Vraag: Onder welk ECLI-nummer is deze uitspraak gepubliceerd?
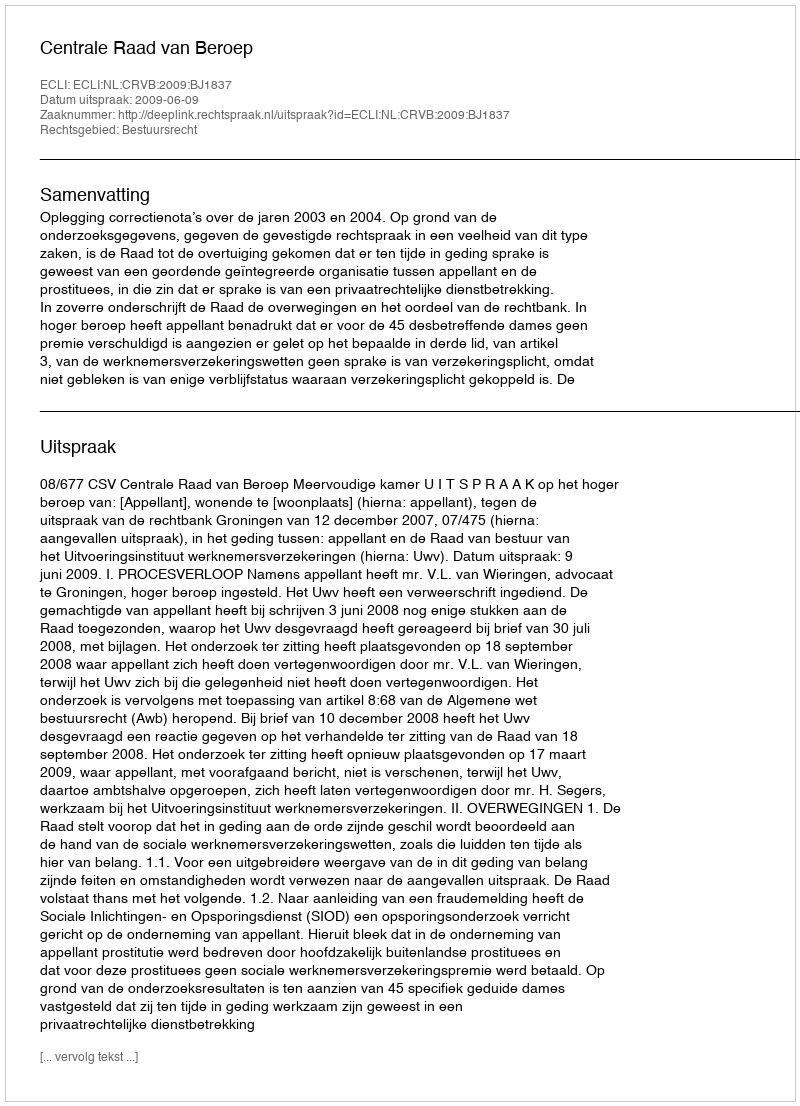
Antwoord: ECLI:NL:CRVB:2009:BJ1837